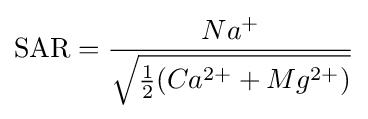
{\text{SAR}}={\frac {Na^{+}}{\sqrt {{\tfrac {1}{2}}({Ca^{2+}+Mg^{2+}})}}}